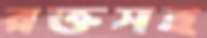
রক্তসহ